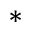
^ *